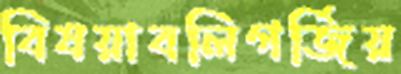
বিষয়াবলিগর্জিয়